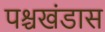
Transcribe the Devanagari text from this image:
पश्चखंडास